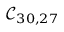
\mathcal { C } _ { 3 0 , 2 7 }